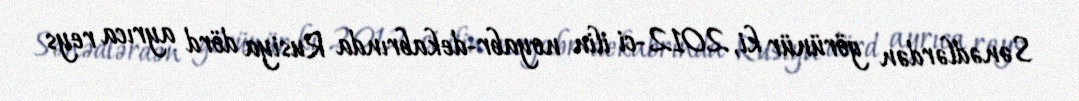
Sənədlərdən görünür ki, 2012-ci ilin noyabr-dekabrında Rusiya dörd ayrıca reys